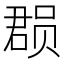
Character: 𮷐